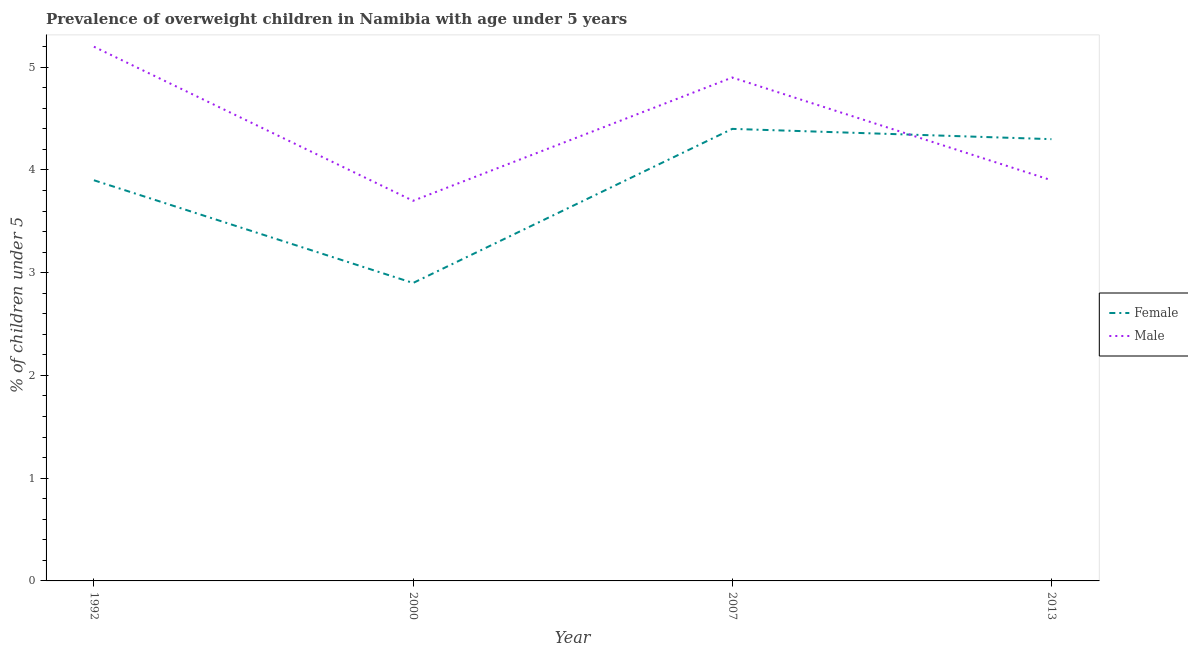
| Year | Female | Male |
 | --- | --- | --- |
 | 1992 | 3.9 | 5.2 |
 | 2000 | 2.9 | 3.7 |
 | 2007 | 4.4 | 4.9 |
 | 2013 | 4.3 | 3.9 |